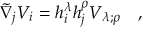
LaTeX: \tilde { \nabla } _ { j } V _ { i } = h _ { i } ^ { \lambda } h _ { j } ^ { \rho } V _ { \lambda ; \rho } ~ ~ ~ ,